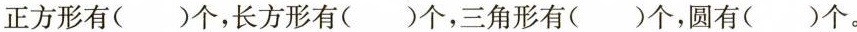
正方形有（）个，长方形有（）个，三角形有（）个，圆有（）个。